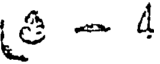
- 4